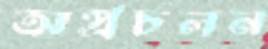
অপ্রচলন